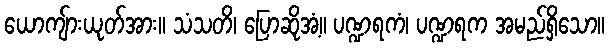
ယောကျ်ားယုတ်အား။ သံသတိ၊ ပြောဆိုအံ့။ ပဏ္ဍရကံ၊ ပဏ္ဍရက အမည်ရှိသော။